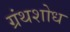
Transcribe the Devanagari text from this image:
ग्रंथशोध